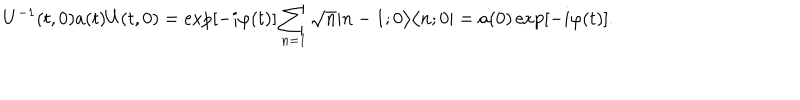
U ^ { - 1 } ( t , 0 ) a ( t ) U ( t , 0 ) = \exp [ - i \varphi ( t ) ] \sum _ { n = 1 } \sqrt { n } | n - 1 ; 0 \bigr > \bigl < n ; 0 | = a ( 0 ) \exp [ - i \varphi ( t ) ] .